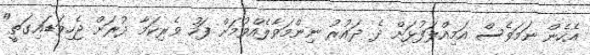
އެހެން ނަމަވެސް އަމިއްލަފުޅަށް ދެ ދައުރު ނިންމަވާލެއްވުމަށް ފަހު ވެރިކަމާ ދުރަށް ޖެހިވަޑައިގަތީ"